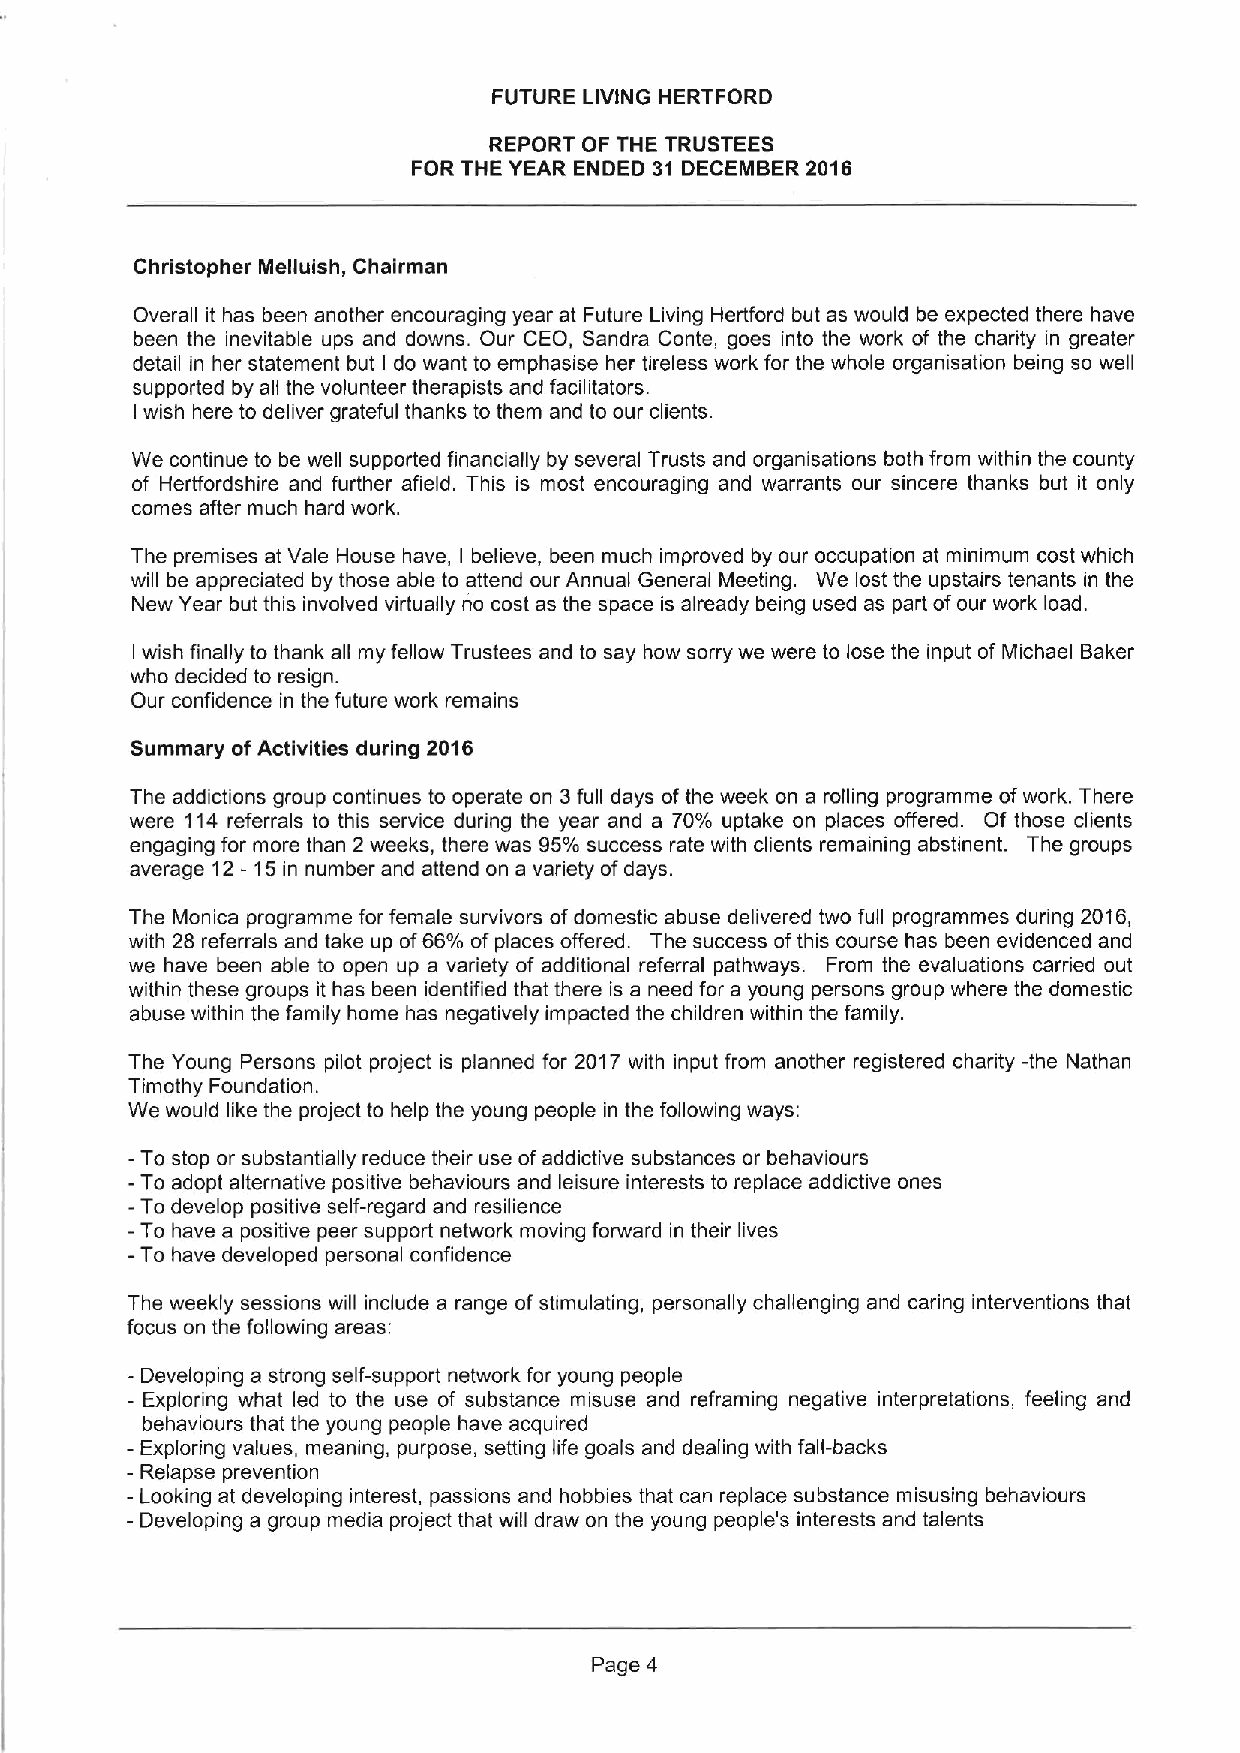
FUTURE LIVING HERTFORD
 REPORT OF THE TRUSTEES
 FOR THE YEAR ENDED 31 DECEMBER 2016
 Christopher Melluish, Chairman
 Overall it has been another encouraging year at Future Living Hertford but as would be expected there have
 been the inevitable ups and downs. Our CEO, Sandra Conte, goes into the work of the charity in greater
 detail in her statement but I do want to emphasise her tireless work for the whole organisation being so well
 supported by all the volunteer therapists and facilitators.
 wish here to deliver grateful thanks to them and to our clients.
 I
 We continue to be well supported financially by several Trusts and organisations both from within the county
 of Hertfordshire and further afield. This is most encouraging and warrants our sincere thanks but it only
 comes after much hard work.
 The premises at Vale House have, believe, been much improved by our occupation at minimum cost which
 I
 will be appreciated by those able to attend our Annual General Meeting. We lost the upstairs tenants in the
 New Year but this involved virtually no cost as the space is already being used as part ofour work load.
 wish finally to thank all my fellow Trustees and to say how sorry we were to lose the input of Michael Baker
 I
 who decided to resign.
 Our confidence in the future work remains
 Summary ofActivities during 2016
 The addictions group continues to operate on 3full days of the week on a rolling programme ofwork. There
 were 114referrals to this service during the year and a 70'/0 uptake on places offered. Of those clients
 engaging for more than 2 weeks, there was 95'/0 success rate with clients remaining abstinent. The groups
 average 12 - 15in number and attend on a variety ofdays.
 The Monica programme for female survivors ofdomestic abuse delivered two full programmes during 2016,
 with 28 referrals and take up of66'/0 ofplaces offered. The success ofthis course has been evidenced and
 we have been able to open up a variety of additional referral pathways. From the evaluations carried out
 within these groups it has been identified that there is a need for a young persons group where the domestic
 abuse within the family home has negatively impacted the children within the family.
 The Young Persons pilot project is planned for 2017 with input from another registered charity -the Nathan
 Timothy Foundation.
 We would like the project to help the young people in the following ways:
 —To stop or substantially reduce their use ofaddictive substances or behaviours
 -To adopt alternative positive behaviours and leisure interests to replace addictive ones
 -To develop positive self-regard and resilience
 -To have a positive peer support network moving forward in their lives
 -To have developed personal confidence
 The weekly sessions will include a range of stimulating, personally challenging and caring interventions that
 focus on the following areas:
 - Developing a strong self-support network for young people
 —Exploring what led to the use of substance misuse and reframing negative interpretations, feeling and
 behaviours that the young people have acquired
 —Exploring values, meaning, purpose, setting life goals and dealing with fall-backs
 - Relapse prevention
 - Looking at developing interest, passions and hobbies that can replace substance misusing behaviours
 - Developing a group media project that will draw on the young people's interests and talents
 Page 4